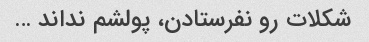
شکلات رو نفرستادن، پولشم نداند …